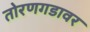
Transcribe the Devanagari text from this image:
तोरणगडावर